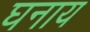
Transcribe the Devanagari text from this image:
घनाय